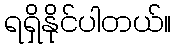
ရရှိနိုင်ပါတယ်။